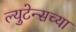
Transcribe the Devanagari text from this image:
ल्युटेन्सच्‍या